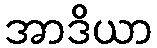
အာဒိယာ